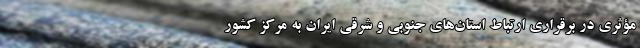
مؤثری در برقراری ارتباط استان‌های جنوبی و شرقی ایران به مرکز کشور